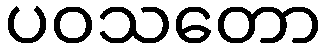
ပဝသတော